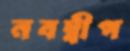
নবদ্বীপ